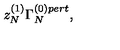
z _ { N } ^ { ( 1 ) } \Gamma _ { N } ^ { ( 0 ) p e r t } ,